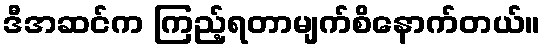
ဒီအဆင်က ကြည့်ရတာမျက်စိနောက်တယ်။